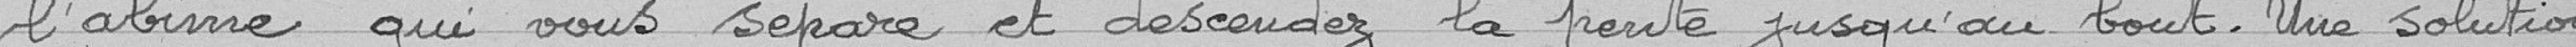
" l'abîme au vous sépare et descendez la pente jusqu'au bout. Une solution